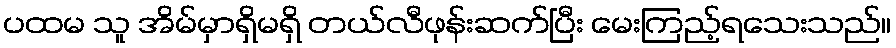
ပထမ သူ အိမ်မှာရှိမရှိ တယ်လီဖုန်းဆက်ပြီး မေးကြည့်ရသေးသည်။